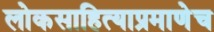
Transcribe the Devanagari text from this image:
लोकसाहित्याप्रमाणेच